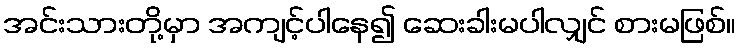
အင်းသားတို့မှာ အကျင့်ပါနေ၍ ဆေးခါးမပါလျှင် စားမဖြစ်။